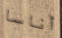
أناسا